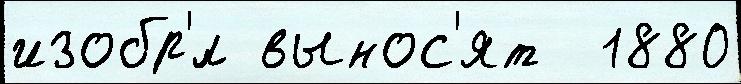
изобр'́л вынос'ят  1880